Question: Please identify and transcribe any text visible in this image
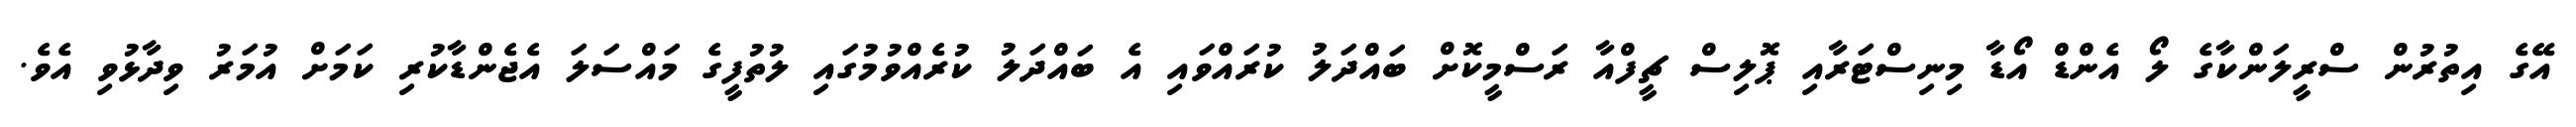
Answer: އޭގެ އިތުރުން ސްރީލަންކާގެ ލޯ އެންޑް އޯޑާ މިނިސްޓަރާއި ޕޮލިސް ޗީފްއާ ރަސްމީކޮށް ބައްދަލު ކުރައްވައި އެ ބައްދަލު ކުރެއްވުމުގައި ލުތުފީގެ މައްސަލަ އެޖެންޑާކުރި ކަމަށް އުމަރު ވިދާޅުވި އެވެ.